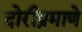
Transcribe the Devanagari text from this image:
दोरीप्रमाणे